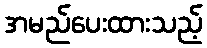
အမည်ပေးထားသည့်